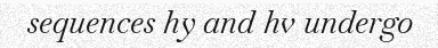
sequences hy and hv undergo